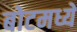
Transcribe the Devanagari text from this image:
बोटमध्ये